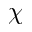
\chi